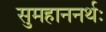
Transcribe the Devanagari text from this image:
सुमहाननर्थः